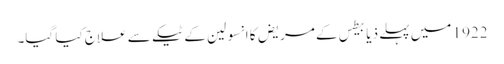
1922 میں‌ پہلے ذیابیطس کے مریض کا انسولین کے ٹیکے سے علاج کیا گیا۔